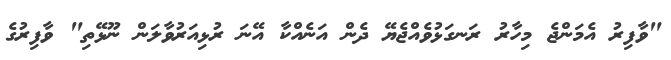
"ވާފިރު އެމަންޖެ މިހާރު ރަނގަޅުވެއްޖެޔޭ ދެން އަނެއްކާ އޭނަ ރުޅިއަރުވާލަން ނޫޅޭތި" ވާފިރުގެ